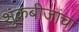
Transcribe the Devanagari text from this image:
शुक्रबीजांचा